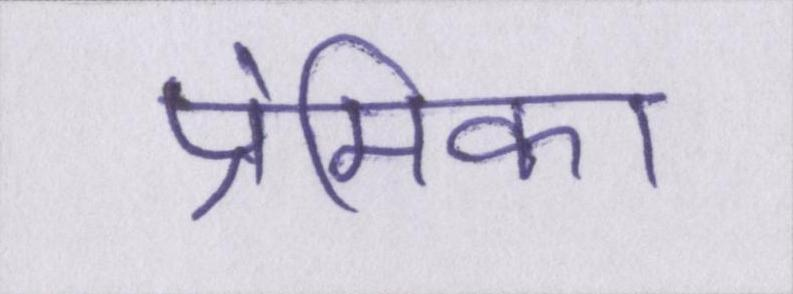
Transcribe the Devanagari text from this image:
प्रेमिका